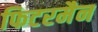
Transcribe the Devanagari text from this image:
फिटरमैन